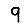
Digit: 9